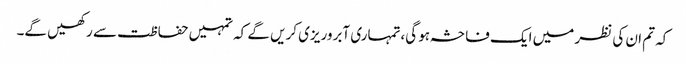
کہ تم ان کی نظر میں ایک فاحشہ ہو گی،تمہاری آبروریزی کریں گے کہ تمہیں حفاظت سے رکھیں گے۔